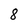
Character: 8